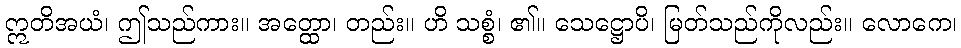
ဣတိအယံ၊ ဤသည်ကား။ အတ္ထော၊ တည်း။ ဟိ သစ္စံ၊ ၏။ သေဋ္ဌောပိ၊ မြတ်သည်ကိုလည်း။ လောကေ၊